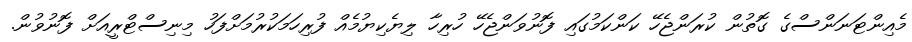
މެއިންޓަނަންސްގެ ގޮތުން ކުރަންޖެހޭ ކަންކަމުގައި ފޮނުވަންޖެހޭ ހުރިހާ ލިޔެކިޔުމެއް ފުރިހަމަކުރުމަށްފަހު މިނިސްޓްރީއަށް ފޮނުވުން.